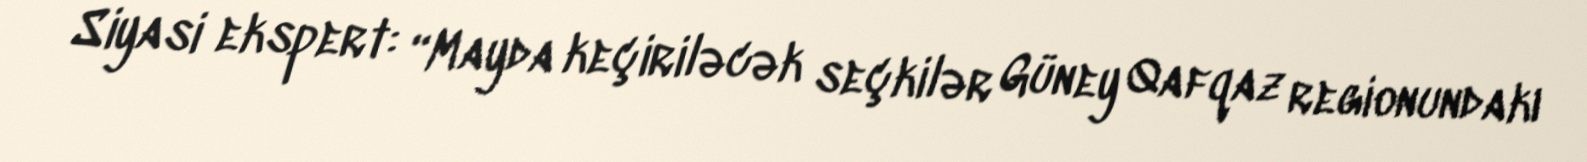
Siyasi ekspert: “Mayda keçiriləcək seçkilər Güney Qafqaz regionundakı